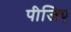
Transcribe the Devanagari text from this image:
पीजिए